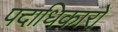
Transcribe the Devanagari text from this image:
पदाधिकारों